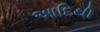
આદિથી